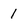
Character: 1